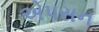
એપસન